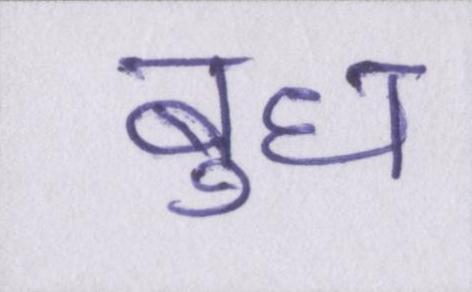
बुध